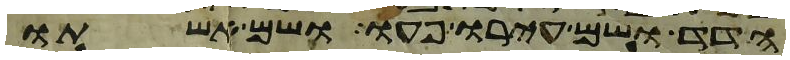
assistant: הדד ושם עירו פעו ושם אשתו